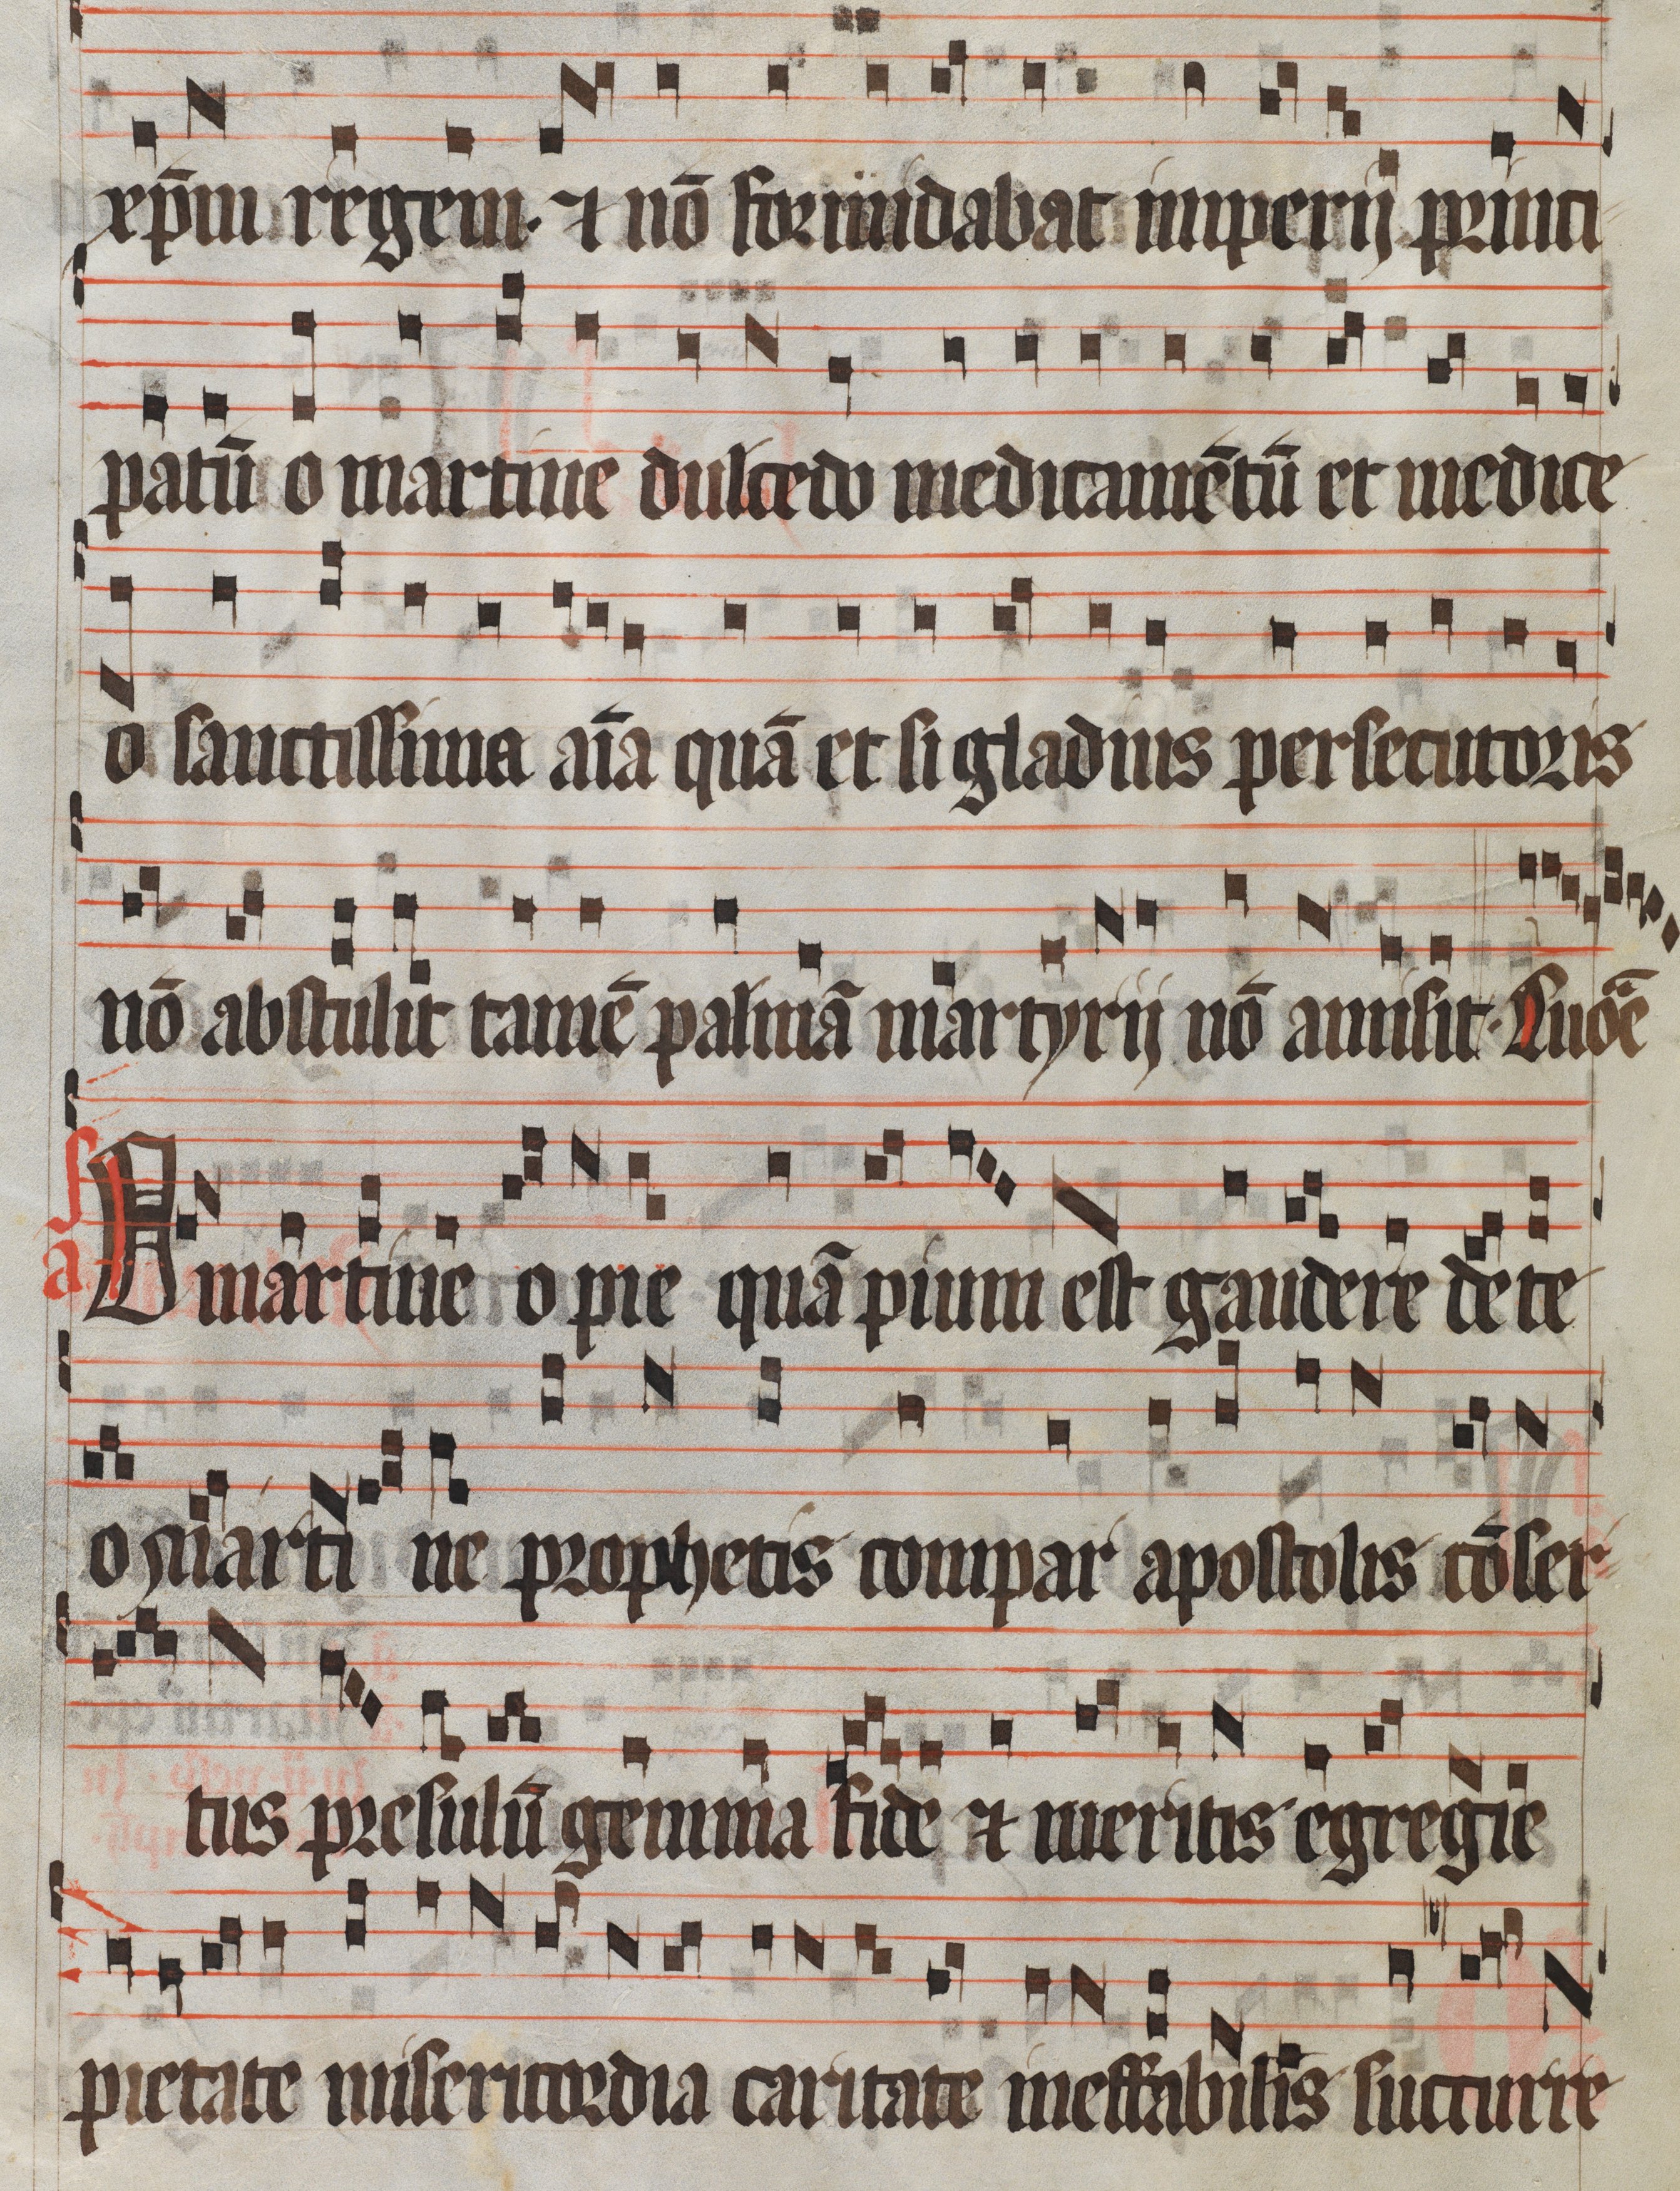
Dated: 1300–1399